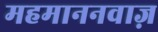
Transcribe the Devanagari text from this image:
महमाननवाज़